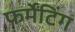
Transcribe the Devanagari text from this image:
फर्मेंटिंग